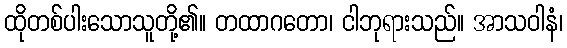
ထိုတစ်ပါးသောသူတို့၏။ တထာဂတော၊ ငါဘုရားသည်။ အာသဝါနံ၊